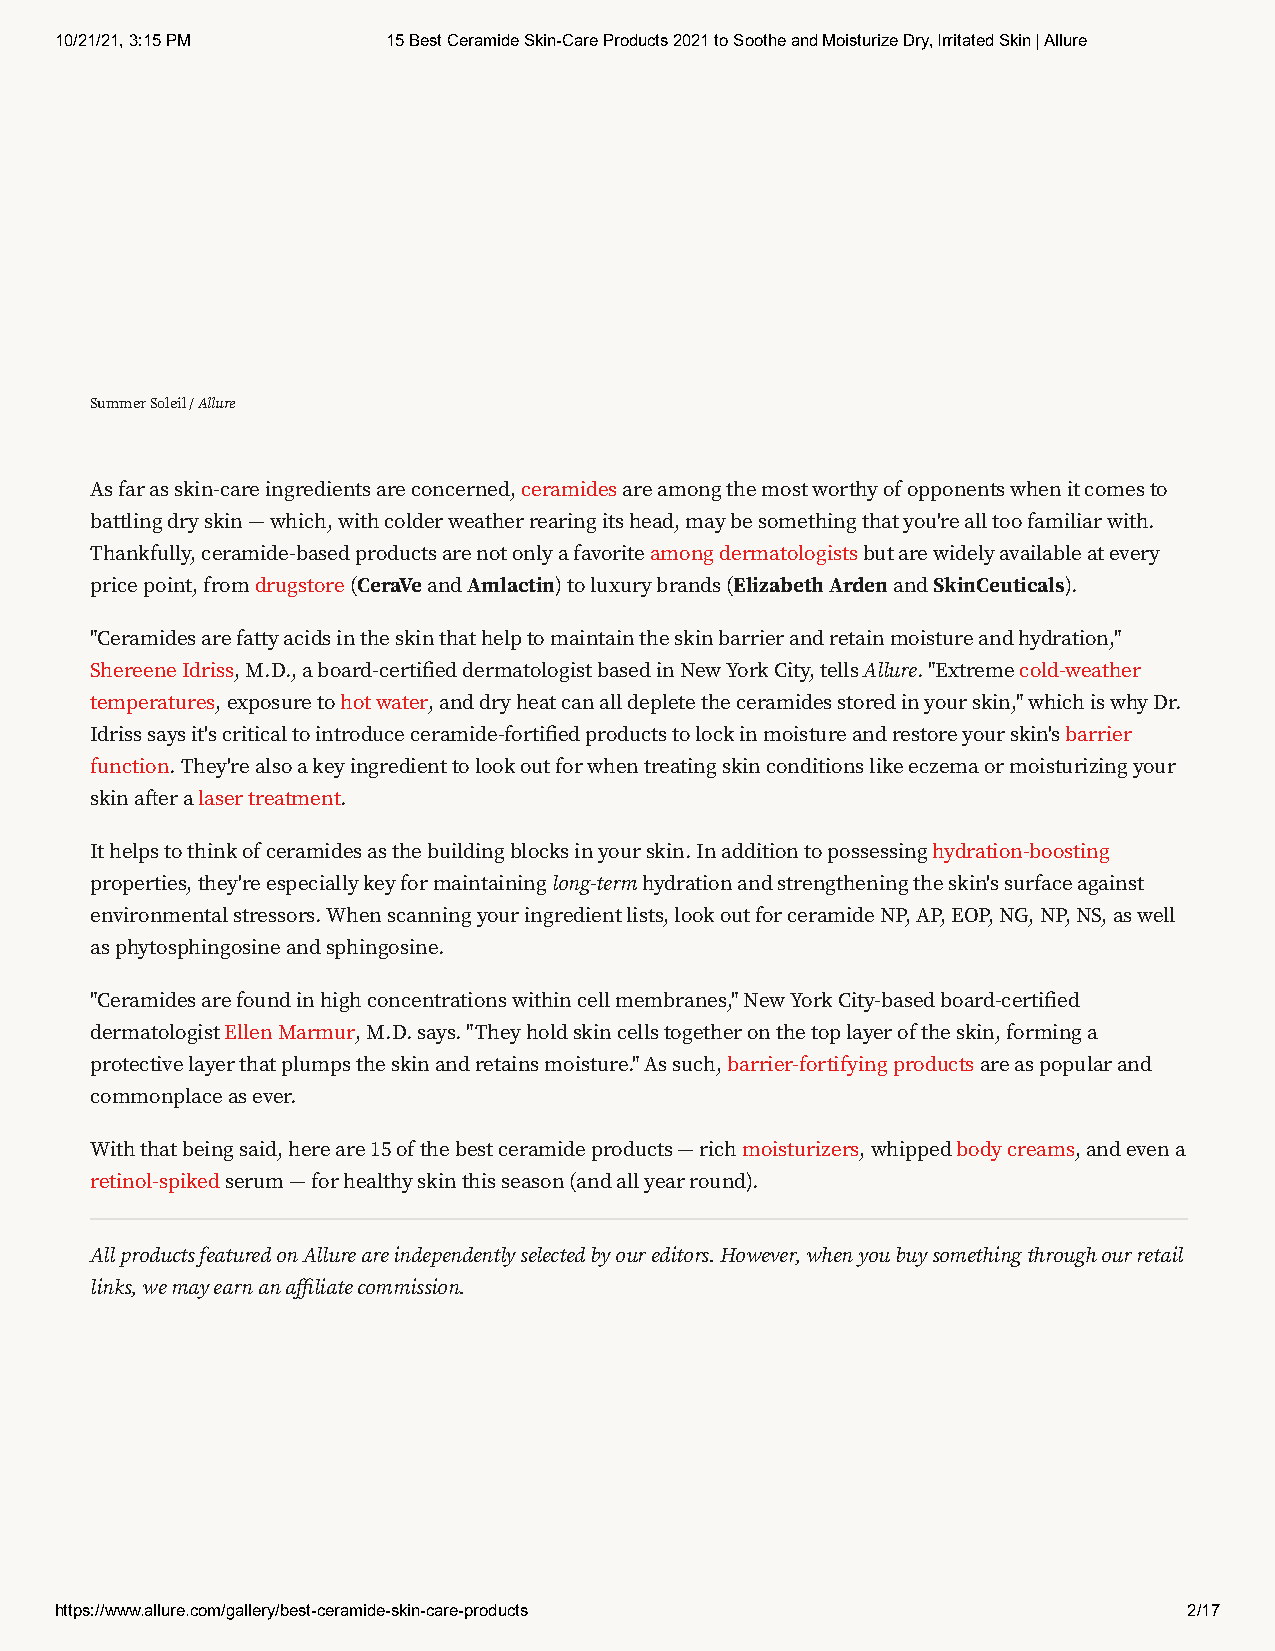
10/21/21, 3:15 PM     15 Best Ceramide Skin-Care Products 2021 to Soothe and Moisturize Dry, Irritated Skin | Allure
 Summer Soleil / Allure
 As far as skin-care ingredients are concerned, ceramides are among the most worthy of opponents when it comes to
 battling dry skin — which, with colder weather rearing its head, may be something that you're all too familiar with.
 Thankfully, ceramide-based products are not only a favorite among dermatologists but are widely available at every
 price point, from drugstore (CeraVe and Amlactin) to luxury brands (Elizabeth Arden and SkinCeuticals).
 "Ceramides are fatty acids in the skin that help to maintain the skin barrier and retain moisture and hydration,"
 Shereene Idriss, M.D., a board-certied dermatologist based in New York City, tells Allure. "Extreme cold-weather
 temperatures, exposure to hot water, and dry heat can all deplete the ceramides stored in your skin," which is why Dr.
 Idriss says it's critical to introduce ceramide-fortied products to lock in moisture and restore your skin's barrier
 function. They're also a key ingredient to look out for when treating skin conditions like eczema or moisturizing your
 skin aer a laser treatment.
 It helps to think of ceramides as the building blocks in your skin. In addition to possessing hydration-boosting
 properties, they're especially key for maintaining long-term hydration and strengthening the skin's surface against
 environmental stressors. When scanning your ingredient lists, look out for ceramide NP, AP, EOP, NG, NP, NS, as well
 as phytosphingosine and sphingosine.
 "Ceramides are found in high concentrations within cell membranes," New York City-based board-certied
 dermatologist Ellen Marmur, M.D. says. "They hold skin cells together on the top layer of the skin, forming a
 protective layer that plumps the skin and retains moisture." As such, barrier-fortifying products are as popular and
 commonplace as ever.
 With that being said, here are 15 of the best ceramide products — rich moisturizers, whipped body creams, and even a
 retinol-spiked serum — for healthy skin this season (and all year round).
 All products featured on Allure are independently selected by our editors. However, when you buy something through our retail
 links, we may earn an aliate commission.
 https://www.allure.com/gallery/best-ceramide-skin-care-products            2/17